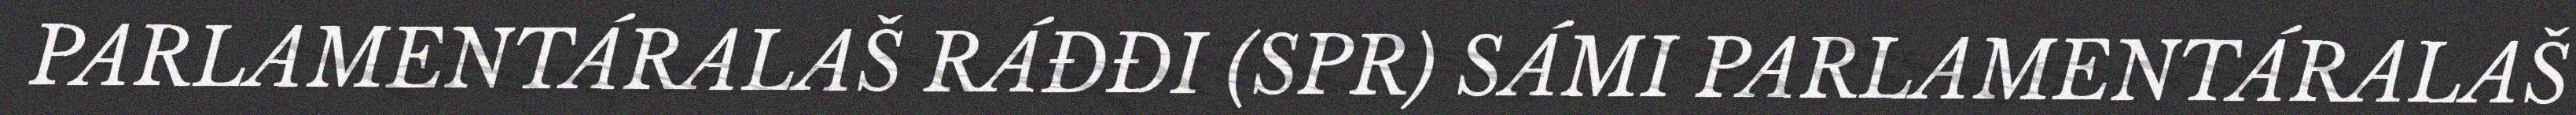
PARLAMENTÁRALAŠ RÁĐĐI (SPR) SÁMI PARLAMENTÁRALAŠ